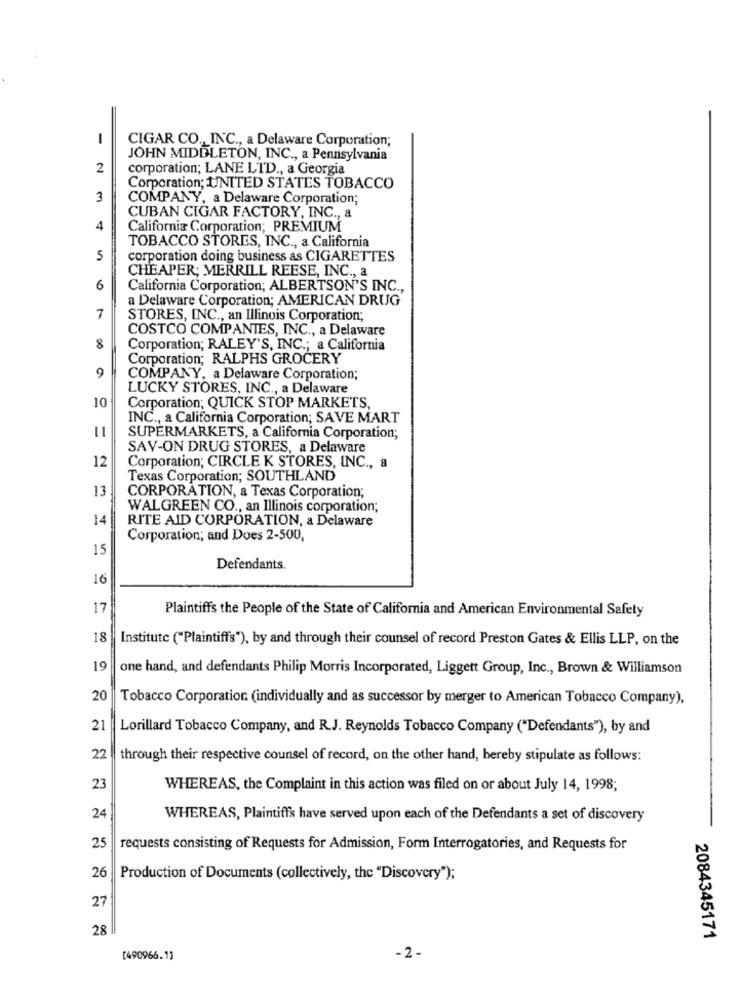
1
CIGAR CO ., INC ., a Delaware Corporation;
JOHN MIDDLETON, INC ., a Pennsylvania
2
corporation; LANE LTD ., a Georgia
Corporation; UNITED STATES TOBACCO
3
COMPANY, a Delaware Corporation;
CUBAN CIGAR FACTORY, INC ., a
4
California Corporation; PREMIUM
TOBACCO STORES, INC ., a California
5
corporation doing business as CIGARETTES
CHEAPER; MERRILL REESE, INC ., a
6
California Corporation; ALBERTSON'S INC .,
a Delaware Corporation; AMERICAN DRUG
7
STORES, INC ., an Illinois Corporation;
COSTCO COMPANIES, INC ., a Delaware
8
Corporation; RALEY'S, INC .; a California
Corporation; RALPHS GROCERY
9
COMPANY, a Delaware Corporation;
LUCKY STORES, INC ., a Delaware
10
Corporation; QUICK STOP MARKETS,
INC ., a California Corporation; SAVE MART
11
SUPERMARKETS, a California Corporation;
SAV-ON DRUG STORES, a Delaware
12
Corporation; CIRCLE K STORES, INC ., a
Texas Corporation; SOUTHLAND
13
CORPORATION, a Texas Corporation;
WALGREEN CO ., an Illinois corporation;
14
RITE AID CORPORATION, a Delaware
Corporation; and Does 2-500,
15
Defendants.
16
17
Plaintiffs the People of the State of California and American Environmental Safety
18
Institute ("Plaintiffs"), by and through their counsel of record Preston Gates & Ellis LLP, on the
19
one hand, and defendants Philip Morris Incorporated, Liggett Group, Inc ., Brown & Williamson
20
Tobacco Corporation (individually and as successor by merger to American Tobacco Company),
21
Lorillard Tobacco Company, and R.J. Reynolds Tobacco Company ("Defendants"), by and
22
through their respective counsel of record, on the other hand, hereby stipulate as follows:
23
WHEREAS, the Complaint in this action was filed on or about July 14, 1998;
24
WHEREAS, Plaintiffs have served upon each of the Defendants a set of discovery
25
requests consisting of Requests for Admission, Form Interrogatories, and Requests for
26
Production of Documents (collectively, the "Discovery");
27
28
2084345171
[490966.13
-2 -